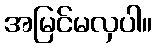
အမြင်မလှပါ။